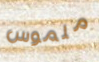
ملموس